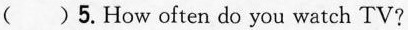
( )5.How often do you watch TV?